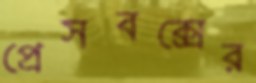
প্রেসবক্সের